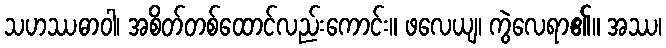
သဟဿဓာဝါ၊ အစိတ်တစ်ထောင်လည်းကောင်း။ ဖလေယျ၊ ကွဲလေရာ၏။ အဿ၊